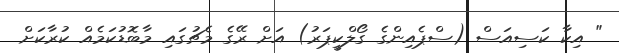
" އިކާ ކަސިއަސް (ސްޕެއިންގެ ގޯލްކީޕަރު) އަށް ރޭގެ މެޗުގައި މާބޮޑުކަމެއް ކުރާކަށް